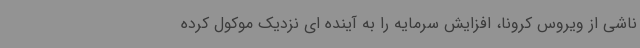
ناشی از ویروس کرونا، افزایش سرمایه را به آینده ای نزدیک موکول کرده